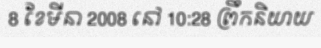
8 ខែមីនា 2008 នៅ 10:28 ព្រឹកនិយាយ